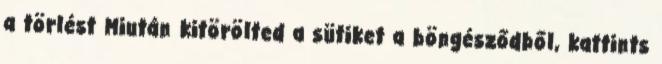
a törlést Miután kitörölted a sütiket a böngésződből, kattints